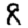
Digit: 8